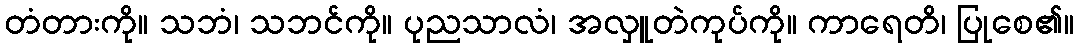
တံတားကို။ သဘံ၊ သဘင်ကို။ ပုညသာလံ၊ အလှူတဲကုပ်ကို။ ကာရေတိ၊ ပြုစေ၏။